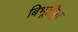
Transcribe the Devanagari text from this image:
बिभूतीपुर